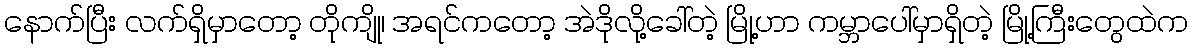
နောက်ပြီး လက်ရှိမှာတော့ တိုကျို၊ အရင်ကတော့ အဲဒိုလို့ခေါ်တဲ့ မြို့ဟာ ကမ္ဘာပေါ်မှာရှိတဲ့ မြို့ကြီးတွေထဲက